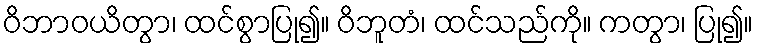
ဝိဘာဝယိတွာ၊ ထင်စွာပြု၍။ ဝိဘူတံ၊ ထင်သည်ကို။ ကတွာ၊ ပြု၍။